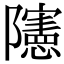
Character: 䧮